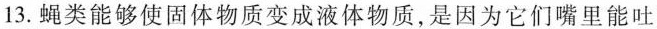
13. 蝇类能够使固体物质变成液体物质，是因为它们嘴里能吐